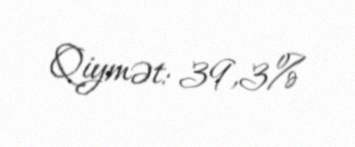
Qiymət: 39,3%